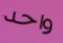
واحد